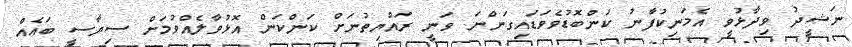
ނަޝީދު ވިދާޅުވީ އެމަނިކުފާނު ކަންބޮޑުވެވަޑައިގަންނަ ވަނީ ރައްޔިތުނަށް ކަންކަން އޮޅުވާލެއްވުމަށް ސިޔާސީ ބައެއް